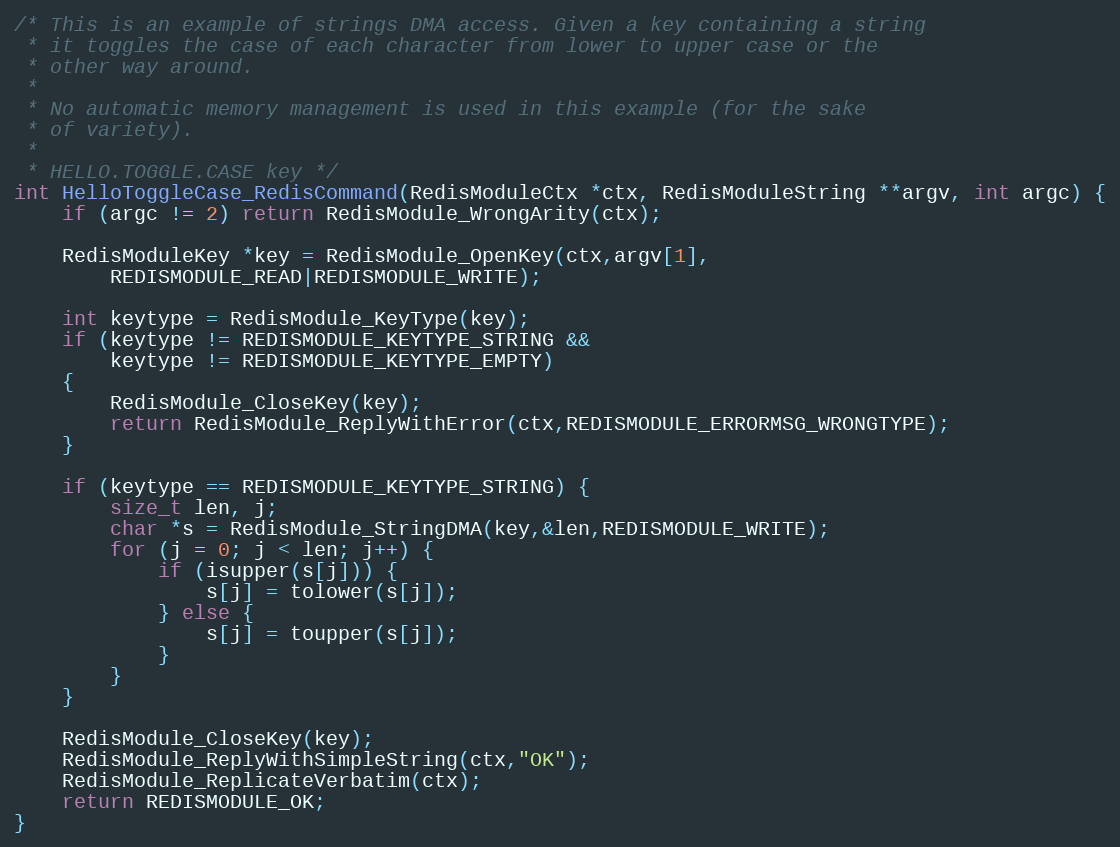
Language: C
/* This is an example of strings DMA access. Given a key containing a string
 * it toggles the case of each character from lower to upper case or the
 * other way around.
 *
 * No automatic memory management is used in this example (for the sake
 * of variety).
 *
 * HELLO.TOGGLE.CASE key */
int HelloToggleCase_RedisCommand(RedisModuleCtx *ctx, RedisModuleString **argv, int argc) {
    if (argc != 2) return RedisModule_WrongArity(ctx);

    RedisModuleKey *key = RedisModule_OpenKey(ctx,argv[1],
        REDISMODULE_READ|REDISMODULE_WRITE);

    int keytype = RedisModule_KeyType(key);
    if (keytype != REDISMODULE_KEYTYPE_STRING &&
        keytype != REDISMODULE_KEYTYPE_EMPTY)
    {
        RedisModule_CloseKey(key);
        return RedisModule_ReplyWithError(ctx,REDISMODULE_ERRORMSG_WRONGTYPE);
    }

    if (keytype == REDISMODULE_KEYTYPE_STRING) {
        size_t len, j;
        char *s = RedisModule_StringDMA(key,&len,REDISMODULE_WRITE);
        for (j = 0; j < len; j++) {
            if (isupper(s[j])) {
                s[j] = tolower(s[j]);
            } else {
                s[j] = toupper(s[j]);
            }
        }
    }

    RedisModule_CloseKey(key);
    RedisModule_ReplyWithSimpleString(ctx,"OK");
    RedisModule_ReplicateVerbatim(ctx);
    return REDISMODULE_OK;
}